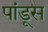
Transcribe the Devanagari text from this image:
पांडूस